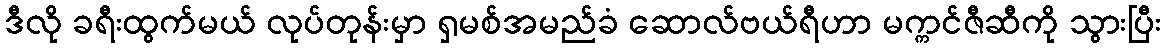
ဒီလို ခရီးထွက်မယ် လုပ်တုန်းမှာ ရှမစ်အမည်ခံ ဆောလ်ဗယ်ရီဟာ မက္ကင်ဇီဆီကို သွားပြီး